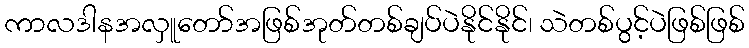
ကာလဒါနအလှူတော်အဖြစ်အုတ်တစ်ချပ်ပဲနိုင်နိုင်၊ သဲတစ်ပွင့်ပဲဖြစ်ဖြစ်